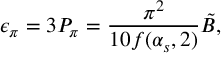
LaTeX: \epsilon _ { \pi } = 3 P _ { \pi } = { \frac { \pi ^ { 2 } } { 1 0 f ( \alpha _ { s } , 2 ) } } \tilde { B } ,